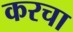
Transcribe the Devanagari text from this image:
करचा